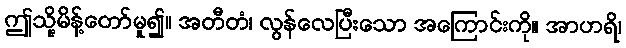
ဤသို့မိန့်တော်မူ၍။ အတီတံ၊ လွန်လေပြီးသော အကြောင်းကို။ အာဟရိ၊